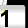
Digit: 1